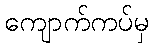
ကျောက်ကပ်မှ